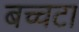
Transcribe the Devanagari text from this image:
बच्चटा